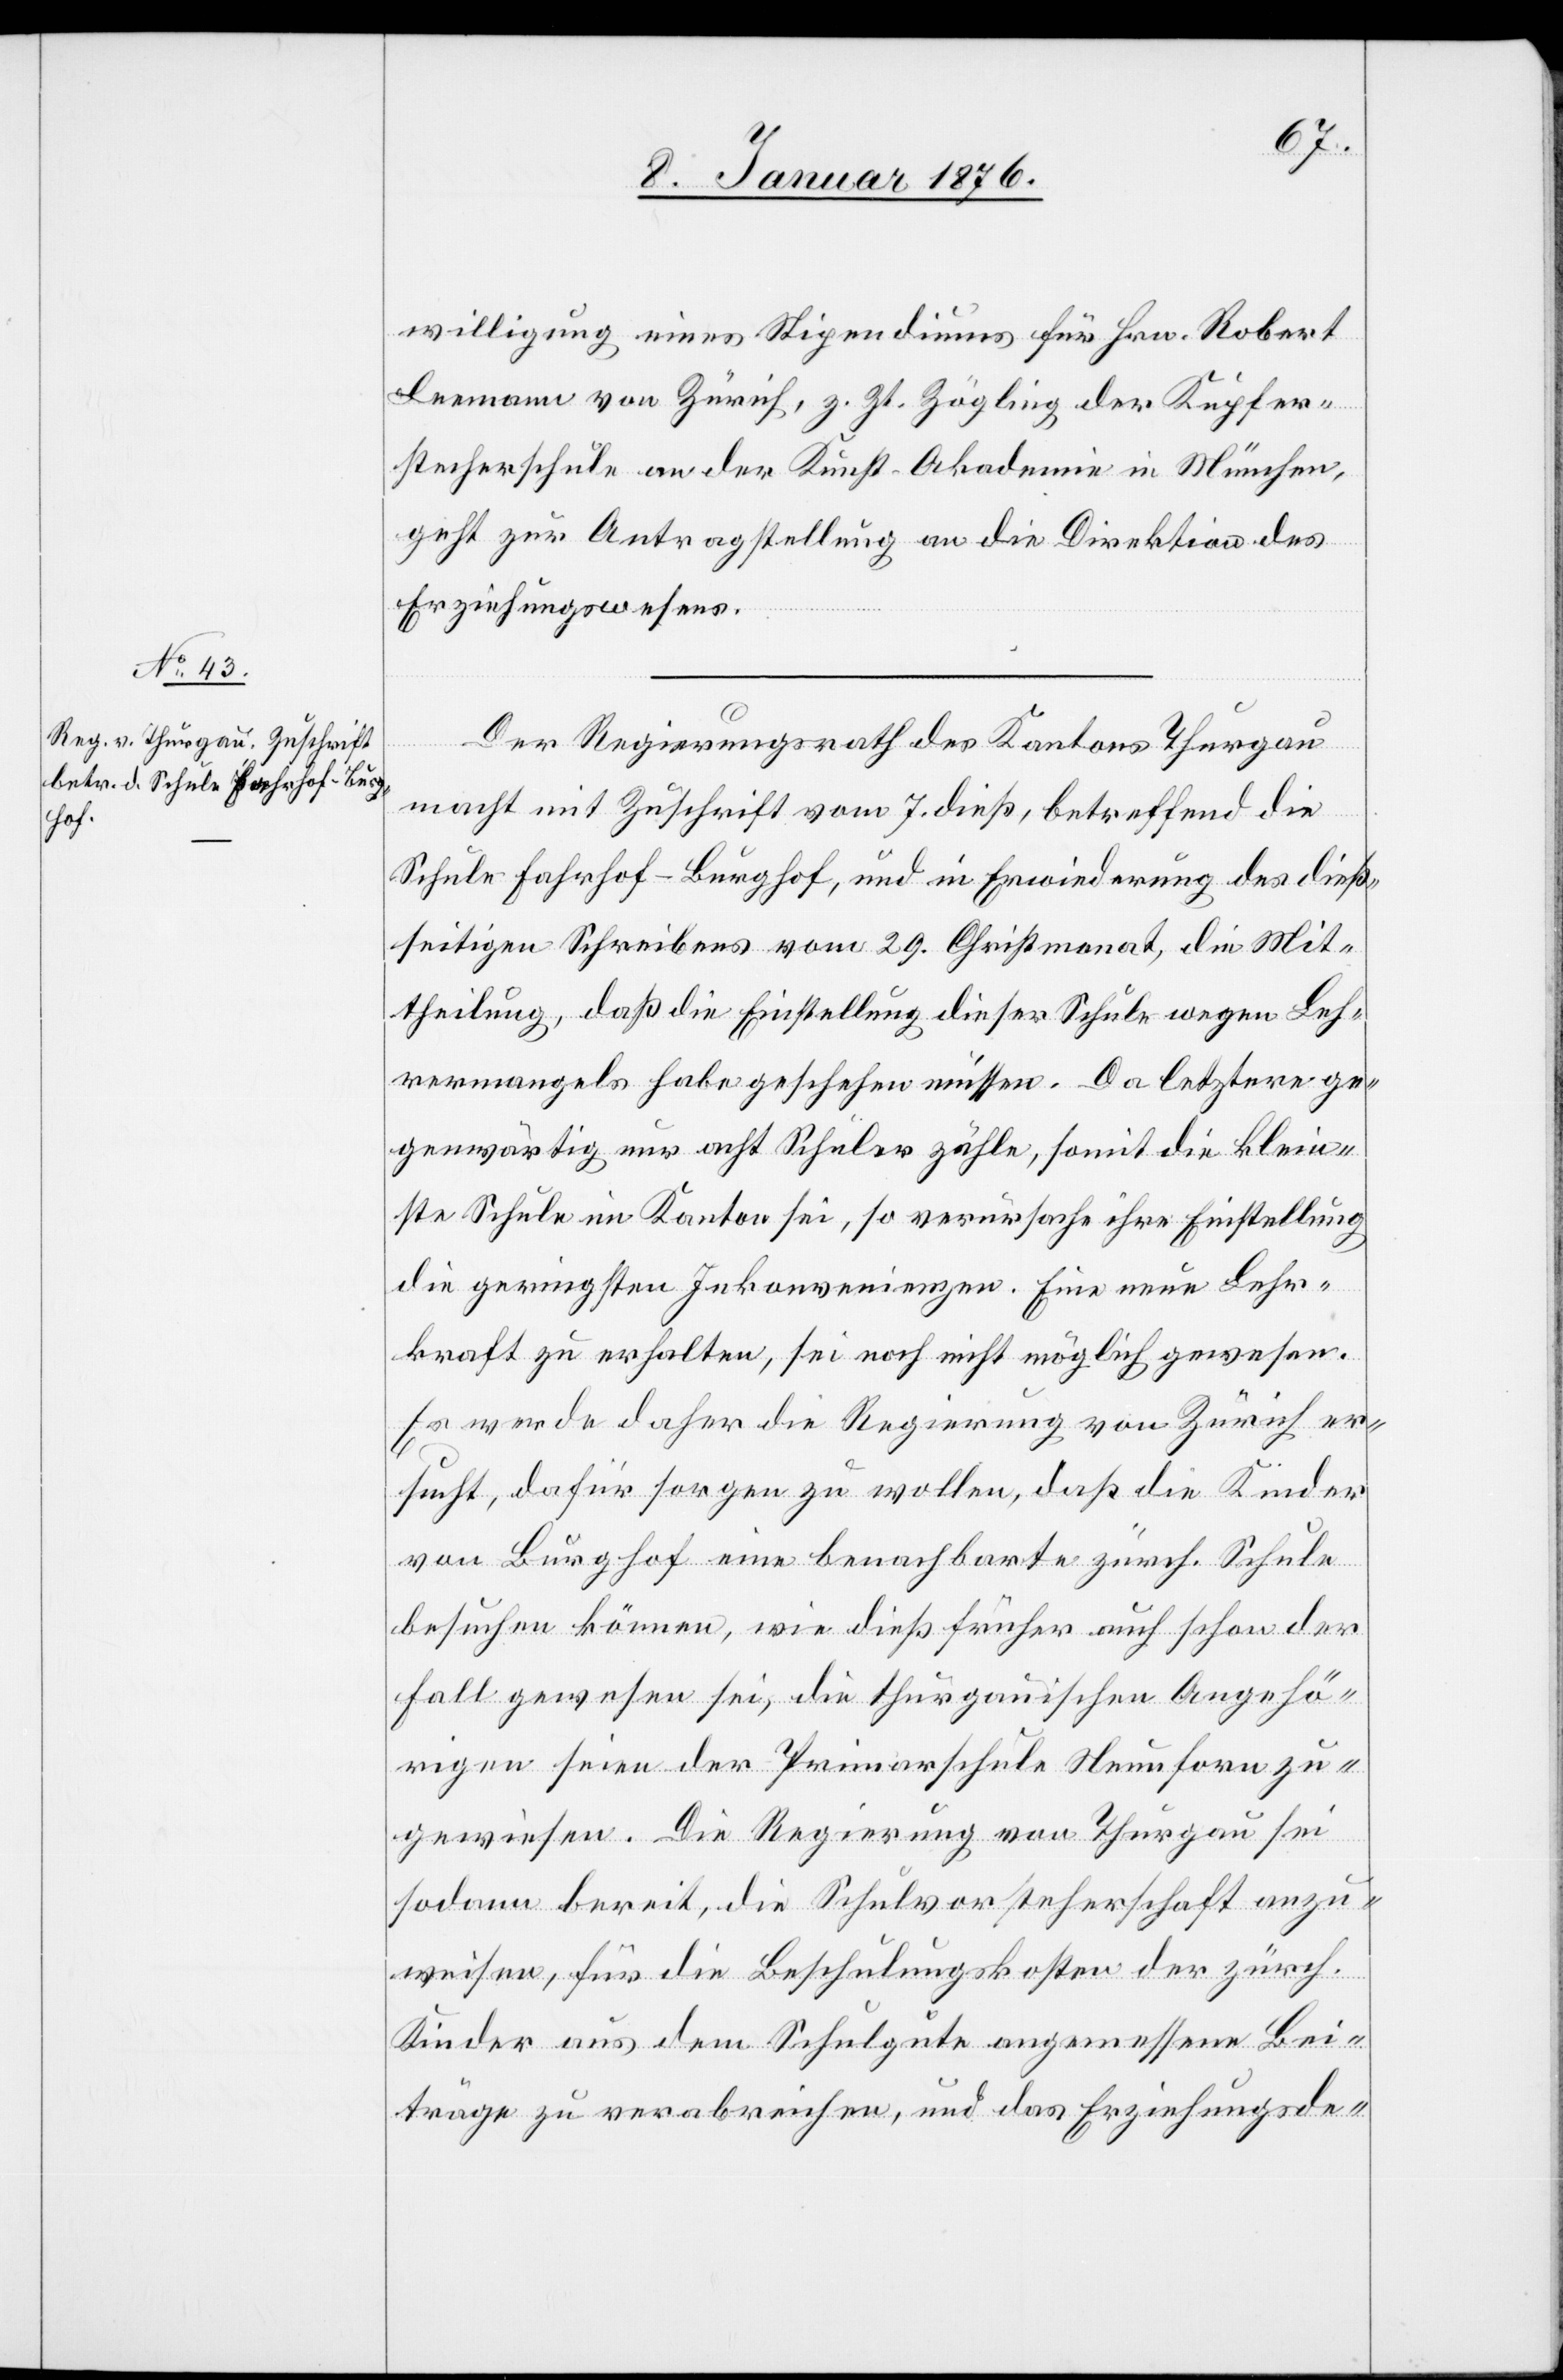
11. Januar 1876.]
willigung eines Stipendiums für Hrn. Robert
Leemann von Zürich, z. Zt. Zögling der Kupfer¬
stecherschule an der Kunst-Akademie in München,
geht zur Antragstellung an die Direktion des
Erziehungswesens.
Der Regierungsrath des Kantons Thurgau
macht mit Zuschrift vom 7. dieß, betreffend die
Schule Fahrhof-Burghof, und in Erwiederung des dieß¬
seitigen Schreibens vom 29. Christmonat, die Mit¬
theilung, daß die Einstellung dieser Schule wegen Leh¬
rermangels habe geschehen müssen. Da letztere ge¬
genwärtig nur acht Schüler zähle, somit die klein¬
ste Schule im Kanton sei, so verursache ihre Einstellung
die geringsten Inkonvenienzen. Eine neue Lehr¬
kraft zu erhalten, sei noch nicht möglich gewesen.
Es werde daher die Regierung von Zürich er¬
sucht, dafür sorgen zu wollen ,daß die Kinder
von Burghof eine benachbarte zürch. Schule
besuchen können, wie dieß früher auch schon der
Fall gewesen sei, die thurgauischen Angehö¬
rigen seien der Primarschule Neunforn zu¬
gewiesen. Die Regierung von Thurgau sei
sodann bereit, die Schulvorsteherschaft anzu¬
weisen, für die Beschulungskosten der zürch.
Kinder aus dem Schulgute angemessene Bei¬
träge zu verabreichen, und das Erziehungsde-